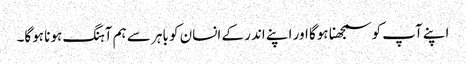
اپنے آپ کو سمجھنا ہوگا اور اپنے اندر کے انسان کو باہر سے ہم آہنگ ہونا ہوگا۔